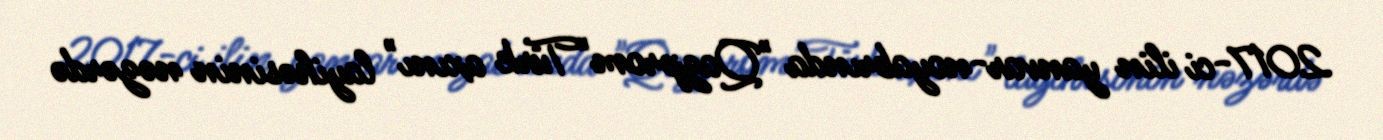
2017-ci ilin yanvar-noyabrında "Qazprom"Türk axını" layihəsinin nəzərdə